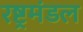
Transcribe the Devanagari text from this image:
रष्ट्रमंडल